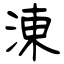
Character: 涷